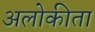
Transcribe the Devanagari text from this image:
अलोकीता